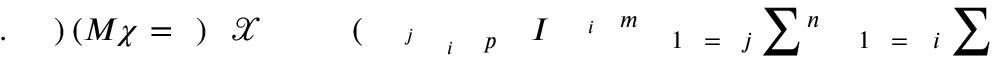
\! \! \! \! \! \! \! \! \! \! \! \! \! \! \! \! \! \! \! \! \! \! \! \! \! \! \! \! \! \! \! \! \! \! \! \sum \! \! \! \! \! \! \! \! \! \! \! \! _ { i \! \! \! \! \! \! \! \! \! \! \! \! = \! \! \! \! \! \! \! \! \! \! \! \! 1 } \! \! \! \! \! \! \! \! \! \! \! \! ^ { n } \! \! \! \! \! \! \! \! \! \! \! \! \sum \! \! \! \! \! \! \! \! \! \! \! \! _ { j \! \! \! \! \! \! \! \! \! \! \! \! = \! \! \! \! \! \! \! \! \! \! \! \! 1 } \! \! \! \! \! \! \! \! \! \! \! \! ^ { m \! \! \! \! \! \! \! \! \! \! \! \! _ { i } } \! \! \! \! \! \! \! \! \! \! \! \! I \! \! \! \! \! \! \! \! \! \! \! \! _ { p \! \! \! \! \! \! \! \! \! \! \! \! _ { i } \! \! \! \! \! \! \! \! \! \! \! \! ^ { j } } \! \! \! \! \! \! \! \! \! \! \! \! ( \! \! \! \! \! \! \! \! \! \! \! \! \ensuremath { \! \! \! \! \! \! \! \! \! \! \! \! \mathcal { X } } \! \! \! \! \! \! \! \! \! \! \! \! ) \! \! \! \! \! \! \! \! \! \! \! \! = \! \! \! \! \! \! \! \! \! \! \! \! \chi \! \! \! \! \! \! \! \! \! \! \! \! ( M \! \! \! \! \! \! \! \! \! \! \! \! ) \! \! \! \! \! \! \! \! \! \! \! \! . \! \! \! \! \! \! \! \! \! \! \! \! \! \! \! \! \! \! \! \! \! \! \!